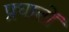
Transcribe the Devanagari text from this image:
प्रघातों